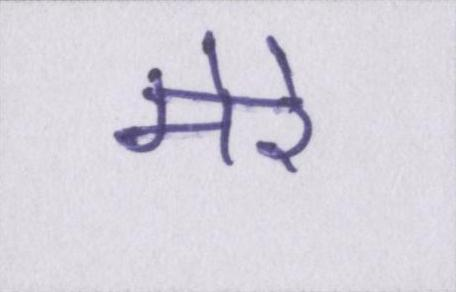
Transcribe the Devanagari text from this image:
मेरे